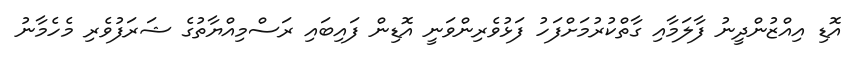
އޮޑި އިއްޒުންދީނު ފާލަމާއި ގާތްކުރުމަށްފަހު ފަޅުވެރިންވަނީ އޮޑިން ފައިބައި ރަސްމިއްޔާތުގެ ޝަރަފުވެރި މެހެމާނު